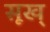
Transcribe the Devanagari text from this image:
सूख्